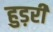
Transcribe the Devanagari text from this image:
हुड़री